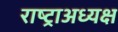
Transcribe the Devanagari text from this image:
राष्ट्राअध्यक्ष